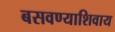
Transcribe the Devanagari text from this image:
बसवण्याशिवाय